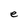
Character: e